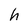
Character: h